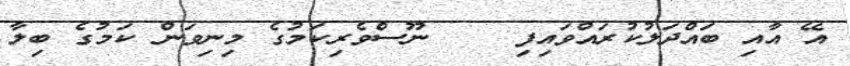
އޭ އާއި ބައްދަލުކުރައްވައިފި    ނޫސްވެރިކަމުގެ މިނިވަން ކަމުގެ ބިލާ